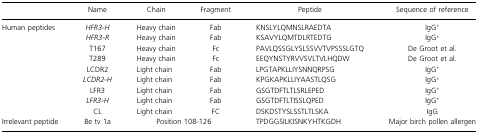
<table><thead><tr><td></td><td><b>Name</b></td><td><b>Chain</b></td><td><b>Fragment</b></td><td><b>Peptide</b></td><td><b>Sequence of reference</b></td></tr></thead><tbody><tr><td rowspan="9">Human peptides</td><td><i>HFR3‐H</i></td><td>Heavy chain</td><td>Fab</td><td>KNSLYLQMNSLRAEDTA</td><td>IgG*</td></tr><tr><td><i>HFR3‐R</i></td><td>Heavy chain</td><td>Fab</td><td>KSAVYLQMTDLRTEDTG</td><td>IgG*</td></tr><tr><td>T167</td><td>Heavy chain</td><td>Fc</td><td>PAVLQSSGLYSLSSVVTVPSSSLGTQ</td><td>De Groot et al.</td></tr><tr><td>T289</td><td>Heavy chain</td><td>Fc</td><td>EEQYNSTYRVVSVLTVLHQDW</td><td>De Groot et al.</td></tr><tr><td>LCDR2</td><td>Light chain</td><td>Fab</td><td>LPGTAPKLLIYSNNQRPSG</td><td>IgG*</td></tr><tr><td><i>LCDR2‐H</i></td><td>Light chain</td><td>Fab</td><td>KPGKAPKLLIYAASTLQSG</td><td>IgG*</td></tr><tr><td>LFR3</td><td>Light chain</td><td>Fab</td><td>GSGTDFTLTLSRLEPED</td><td>IgG*</td></tr><tr><td><i>LFR3‐H</i></td><td>Light chain</td><td>Fab</td><td>GSGTDFTLTISSLQPED</td><td>IgG*</td></tr><tr><td>CL</td><td>Light chain</td><td>FC</td><td>DSKDSTYSLSSTLTLSKA</td><td>IgG</td></tr><tr><td>Irrelevant peptide</td><td>Be tv 1a</td><td colspan="2">Position 108‐126</td><td>TPDGGSILKISNKYHTKGDH</td><td>Major birch pollen allergen</td></tr></tbody></table>